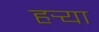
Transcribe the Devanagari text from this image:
हर्‍या